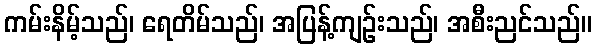
ကမ်းနိမ့်သည်၊ ရေတိမ်သည်၊ အပြန့်ကျဉ်းသည်၊ အစီးညင်သည်။